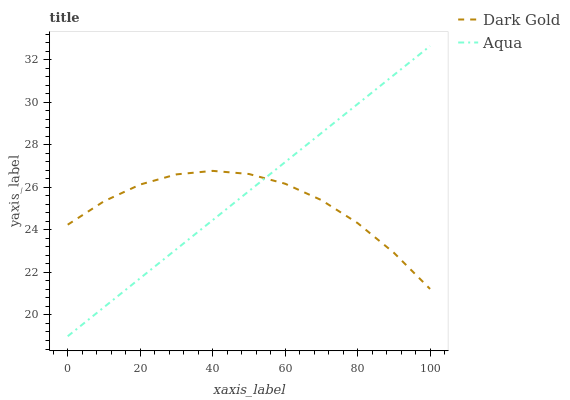
| xaxis_label | Dark Gold | Aqua |
 | --- | --- | --- |
 | 0 | 24.2 | 19 |
 | 10 | 25.3 | 20.4 |
 | 20 | 26.1 | 21.7 |
 | 30 | 26.6 | 23.1 |
 | 40 | 26.8 | 24.5 |
 | 50 | 26.6 | 25.8 |
 | 60 | 26.2 | 27.2 |
 | 70 | 25.4 | 28.6 |
 | 80 | 24.3 | 29.9 |
 | 90 | 22.9 | 31.3 |
 | 100 | 21.2 | 32.7 |